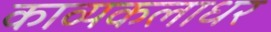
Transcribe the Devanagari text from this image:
काव्यकलाधर